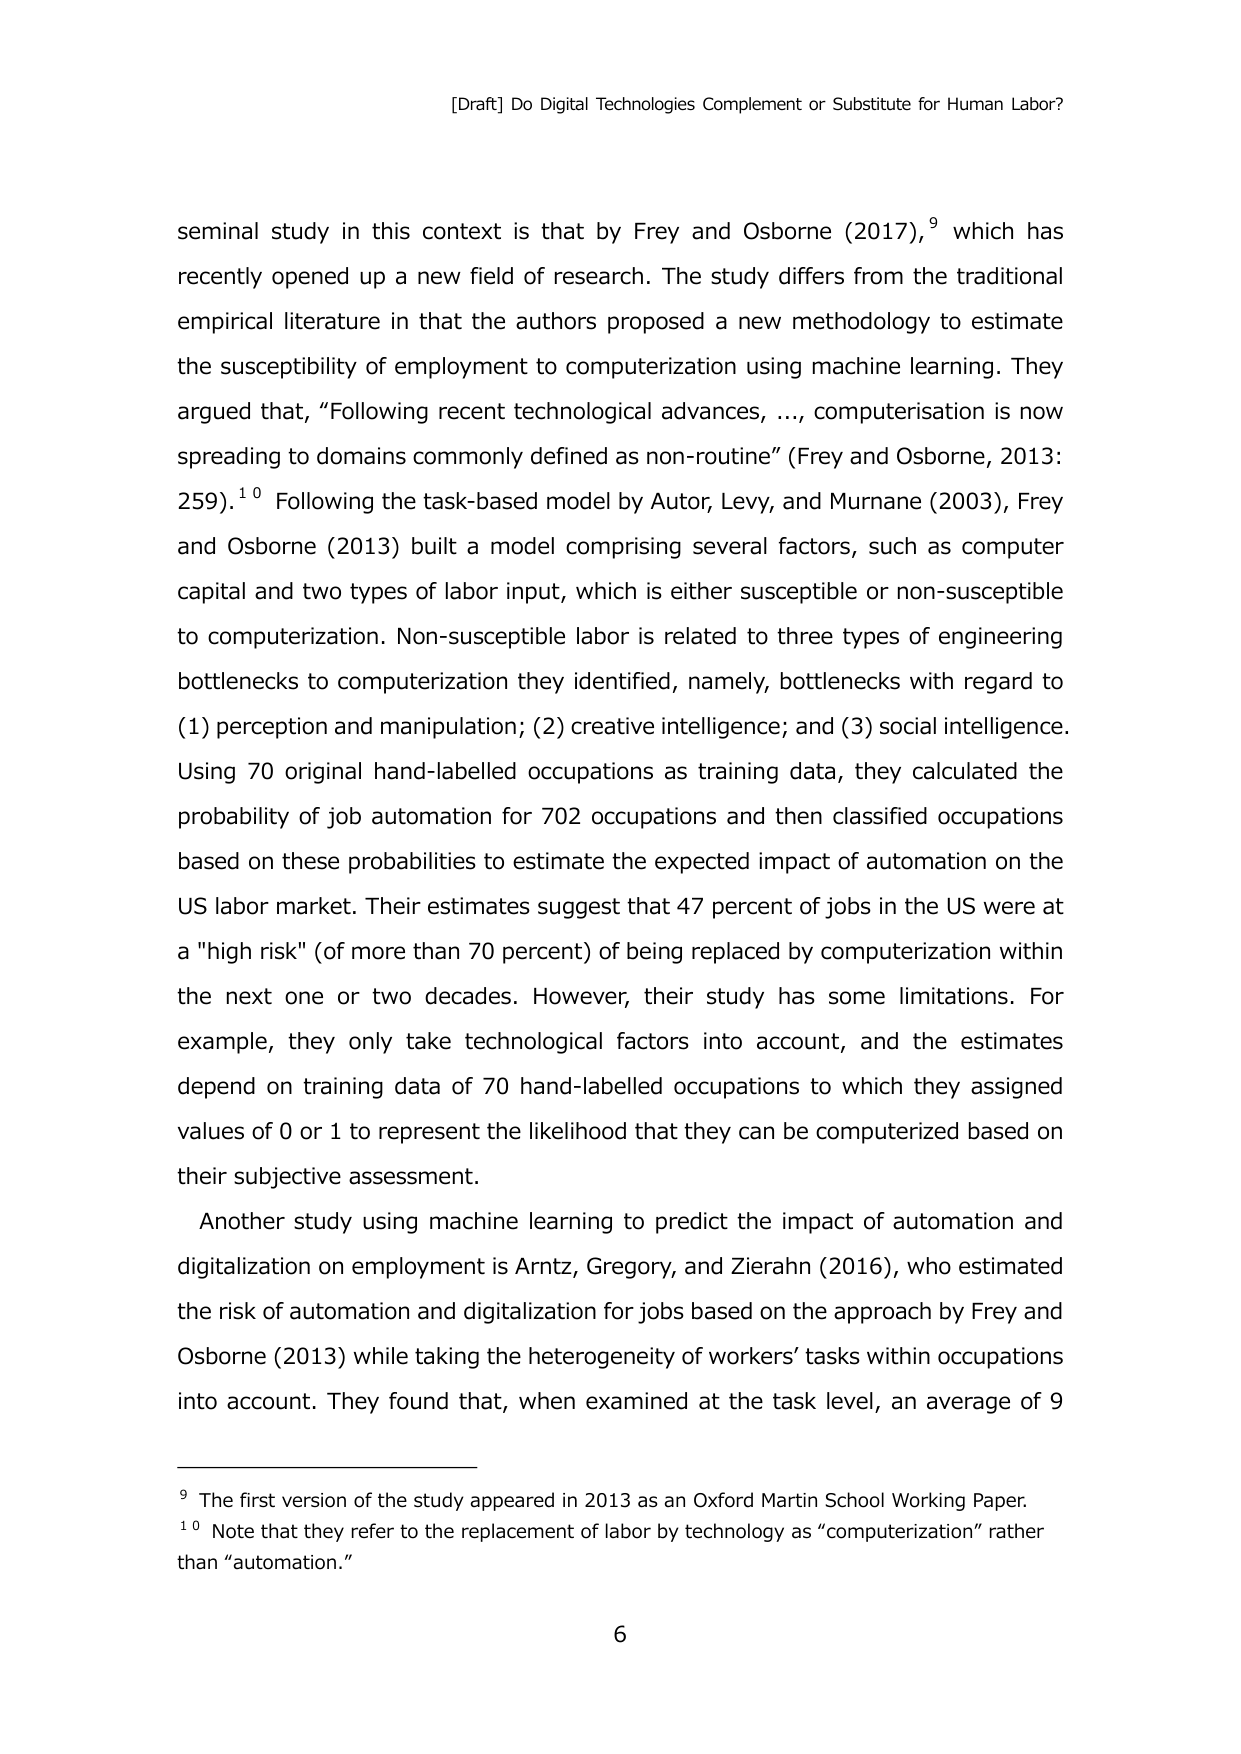
[Draft] Do Digital Technologies Complement or Substitute for Human Labor?

seminal study in this context is that by Frey and Osborne (2017),⁹ which has recently opened up a new field of research. The study differs from the traditional empirical literature in that the authors proposed a new methodology to estimate the susceptibility of employment to computerization using machine learning. They argued that, “Following recent technological advances,..., computerisation is now spreading to domains commonly defined as non-routine” (Frey and Osborne, 2013: 259).¹⁰ Following the task-based model by Autor, Levy, and Murnane (2003), Frey and Osborne (2013) built a model comprising several factors, such as computer capital and two types of labor input, which is either susceptible or non-susceptible to computerization. Non-susceptible labor is related to three types of engineering bottlenecks to computerization they identified, namely, bottlenecks with regard to (1) perception and manipulation; (2) creative intelligence; and (3) social intelligence. Using 70 original hand-labelled occupations as training data, they calculated the probability of job automation for 702 occupations and then classified occupations based on these probabilities to estimate the expected impact of automation on the US labor market. Their estimates suggest that 47 percent of jobs in the US were at a "high risk" (of more than 70 percent) of being replaced by computerization within the next one or two decades. However, their study has some limitations. For example, they only take technological factors into account, and the estimates depend on training data of 70 hand-labelled occupations to which they assigned values of 0 or 1 to represent the likelihood that they can be computerized based on their subjective assessment.

Another study using machine learning to predict the impact of automation and digitalization on employment is Arntz, Gregory, and Zierahn (2016), who estimated the risk of automation and digitalization for jobs based on the approach by Frey and Osborne (2013) while taking the heterogeneity of workers’ tasks within occupations into account. They found that, when examined at the task level, an average of 9

⁹ The first version of the study appeared in 2013 as an Oxford Martin School Working Paper.
¹⁰ Note that they refer to the replacement of labor by technology as “computerization” rather than “automation.”

6